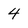
Character: 4